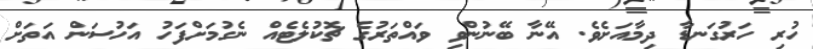
ހުރި ހަރުގަނޑާ ދިމާއަށެވެ. އޭނާ ބޭނުންވި ވައްތަރުގެ ޗޮކުލެޓެއް ނެގުމަށްފަހު އަހުސަން އަތަށް